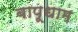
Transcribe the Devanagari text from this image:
बापूधाम